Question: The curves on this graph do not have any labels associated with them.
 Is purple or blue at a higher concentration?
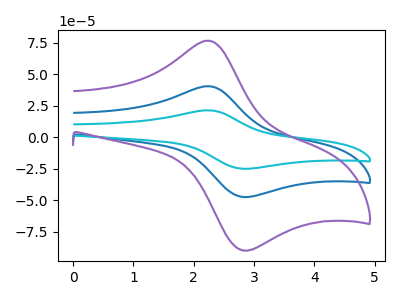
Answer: <think>The blue curve "blue" has an anodic peak at (2.25V, 40.50uA) and a cathodic peak at (2.80V, -47.45uA). The cyan curve "cyan" has an anodic peak at (2.25V, 80.95uA) and a cathodic peak at (2.80V, -94.90uA). The purple curve "purple" has an anodic peak at (2.25V, 76.70uA) and a cathodic peak at (2.80V, -89.85uA).
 All the peaks in "purple" have a peak in "blue" at the same potential. Every peak in "purple" is higher than every peak in "blue".</think>
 <answer>"purple" has more signal than "blue" and so likely has a higher concentration.</answer>
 <eval>more_concentration</eval>